Source: Handwritten
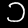
Digit: ၁ (1)